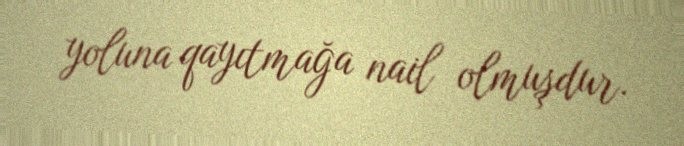
yoluna qayıtmağa nail olmuşdur.